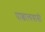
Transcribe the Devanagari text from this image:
पाश्चात्यवासी